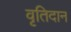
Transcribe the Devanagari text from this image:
वृतिदान